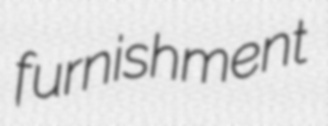
furnishment